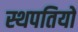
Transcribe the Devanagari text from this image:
स्थपतियों